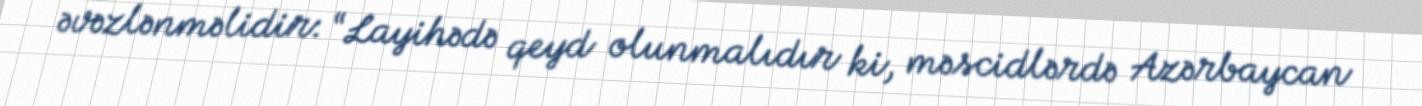
əvəzlənməlidir: “Layihədə qeyd olunmalıdır ki, məscidlərdə Azərbaycan